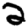
Digit: 2